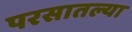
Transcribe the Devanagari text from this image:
परसातल्या